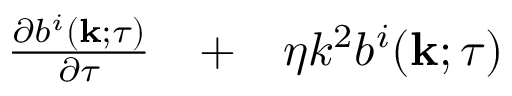
\begin{array} { r l r } { \frac { \partial b ^ { i } ( { \bf { k } } ; \tau ) } { \partial \tau } } & { { } + } & { \eta k ^ { 2 } b ^ { i } ( { \bf { k } } ; \tau ) } \end{array}